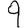
Digit: 9